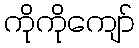
ကိုကိုကျော်